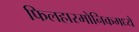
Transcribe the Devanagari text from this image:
फिलहारमोनिकमध्ये